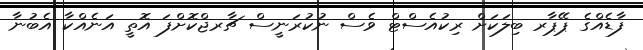
ފާޑެއްގެ ޕޭޕާރ ބިލަކަށް ރިކުއެސްޓް ވެސް ނުކުރަނީސް ޗާރޖްކޮށްފަ އޮތީ އަނެއްކާ އެބުނާ